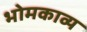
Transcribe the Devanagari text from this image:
भोमकाव्य